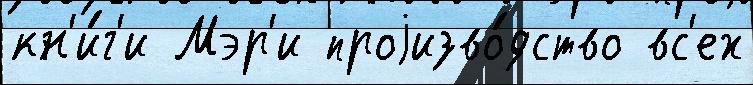
кн'и́г'и Мэр'и проjизво́дство вс'ех